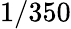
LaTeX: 1/350